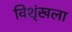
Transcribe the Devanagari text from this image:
विशृंखला